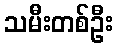
သမီးတစ်ဦး